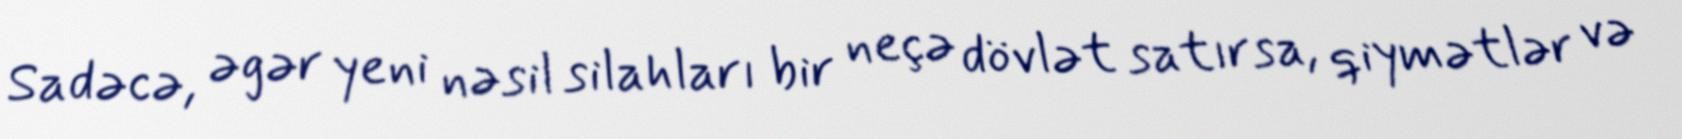
Sadəcə, əgər yeni nəsil silahları bir neçə dövlət satırsa, qiymətlər və